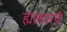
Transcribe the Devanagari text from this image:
ह्याकारणे